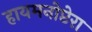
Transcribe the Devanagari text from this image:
हायमनोप्टेरा